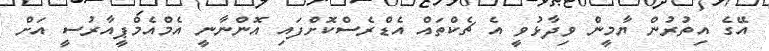
އޭގެ އިތުރުން ޔާމީން ވިދާޅުވީ އެ ޗެކްތައް އެޑްރެސްކޮށްފައި އޮންނާނީ އެމްއެމްޕީއާރުސީ އަށް